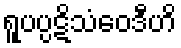
ရူပပ္ပဋိသံဝေဒီဟိ